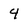
Character: 4